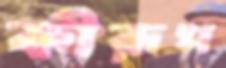
কীরূপ